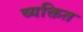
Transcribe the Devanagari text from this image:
व्यक्तित